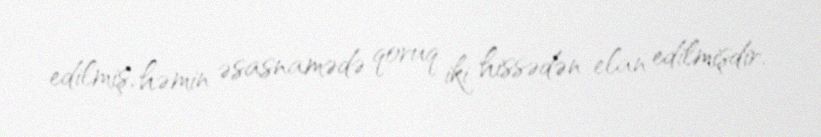
edilmiş, həmin əsasnamədə qoruq iki hissədən elan edilmişdir.